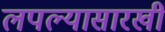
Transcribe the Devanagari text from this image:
लपल्यासारखी